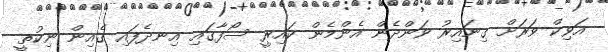
އަވިކް ވަރަށް ގިނައިރު ވަންދެން އެންމެން ކައިރީ ސޯފާގައި އިނދެފައި ގެއިން ނިކުތީ